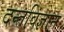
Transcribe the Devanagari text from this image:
दन्तविज्ञान